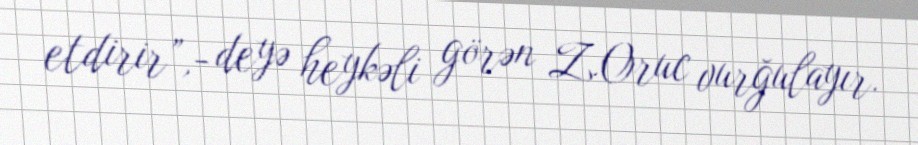
etdirir”,- deyə heykəli görən Z.Oruc vurğulayır.